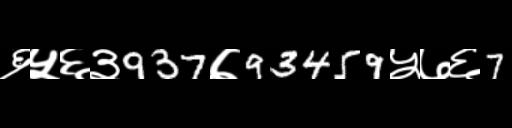
Text: ६५६३937७93459५७६7